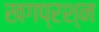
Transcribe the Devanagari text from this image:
खगप्रश्न